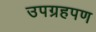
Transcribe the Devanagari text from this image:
उपग्रहपण